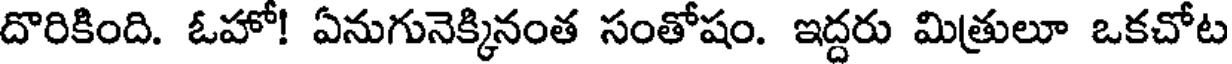
దొరికింది. ఓహో! ఏనుగునెక్కినంత సంతోషం. ఇద్దరు మిత్రులూ ఒకచోట